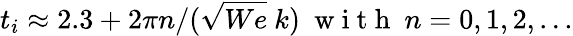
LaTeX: t_{i}\approx 2.3+2\pi n/(\sqrt{We}\ k)\ \mathrm{~w~i~t~h~}\ n=0,1,2,...